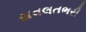
સવલતભરી